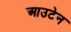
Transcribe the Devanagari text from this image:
आउटेन